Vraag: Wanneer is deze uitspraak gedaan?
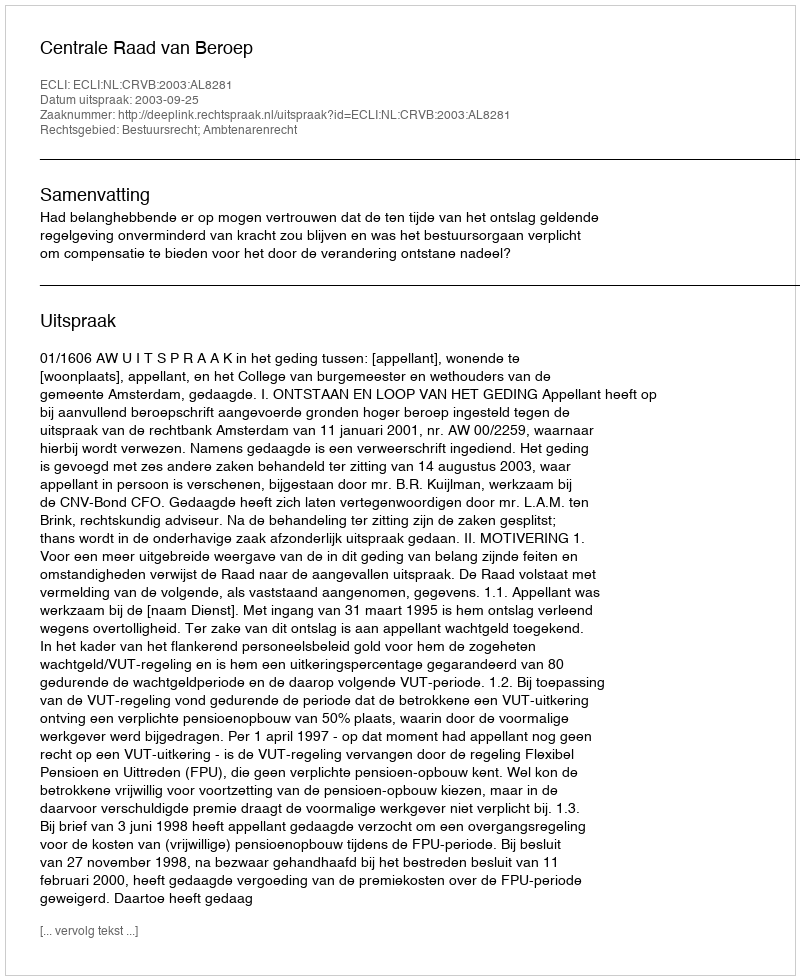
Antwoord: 2003-09-25